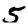
Digit: 5